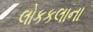
લોકકલાના